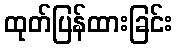
ထုတ်ပြန်ထားခြင်း